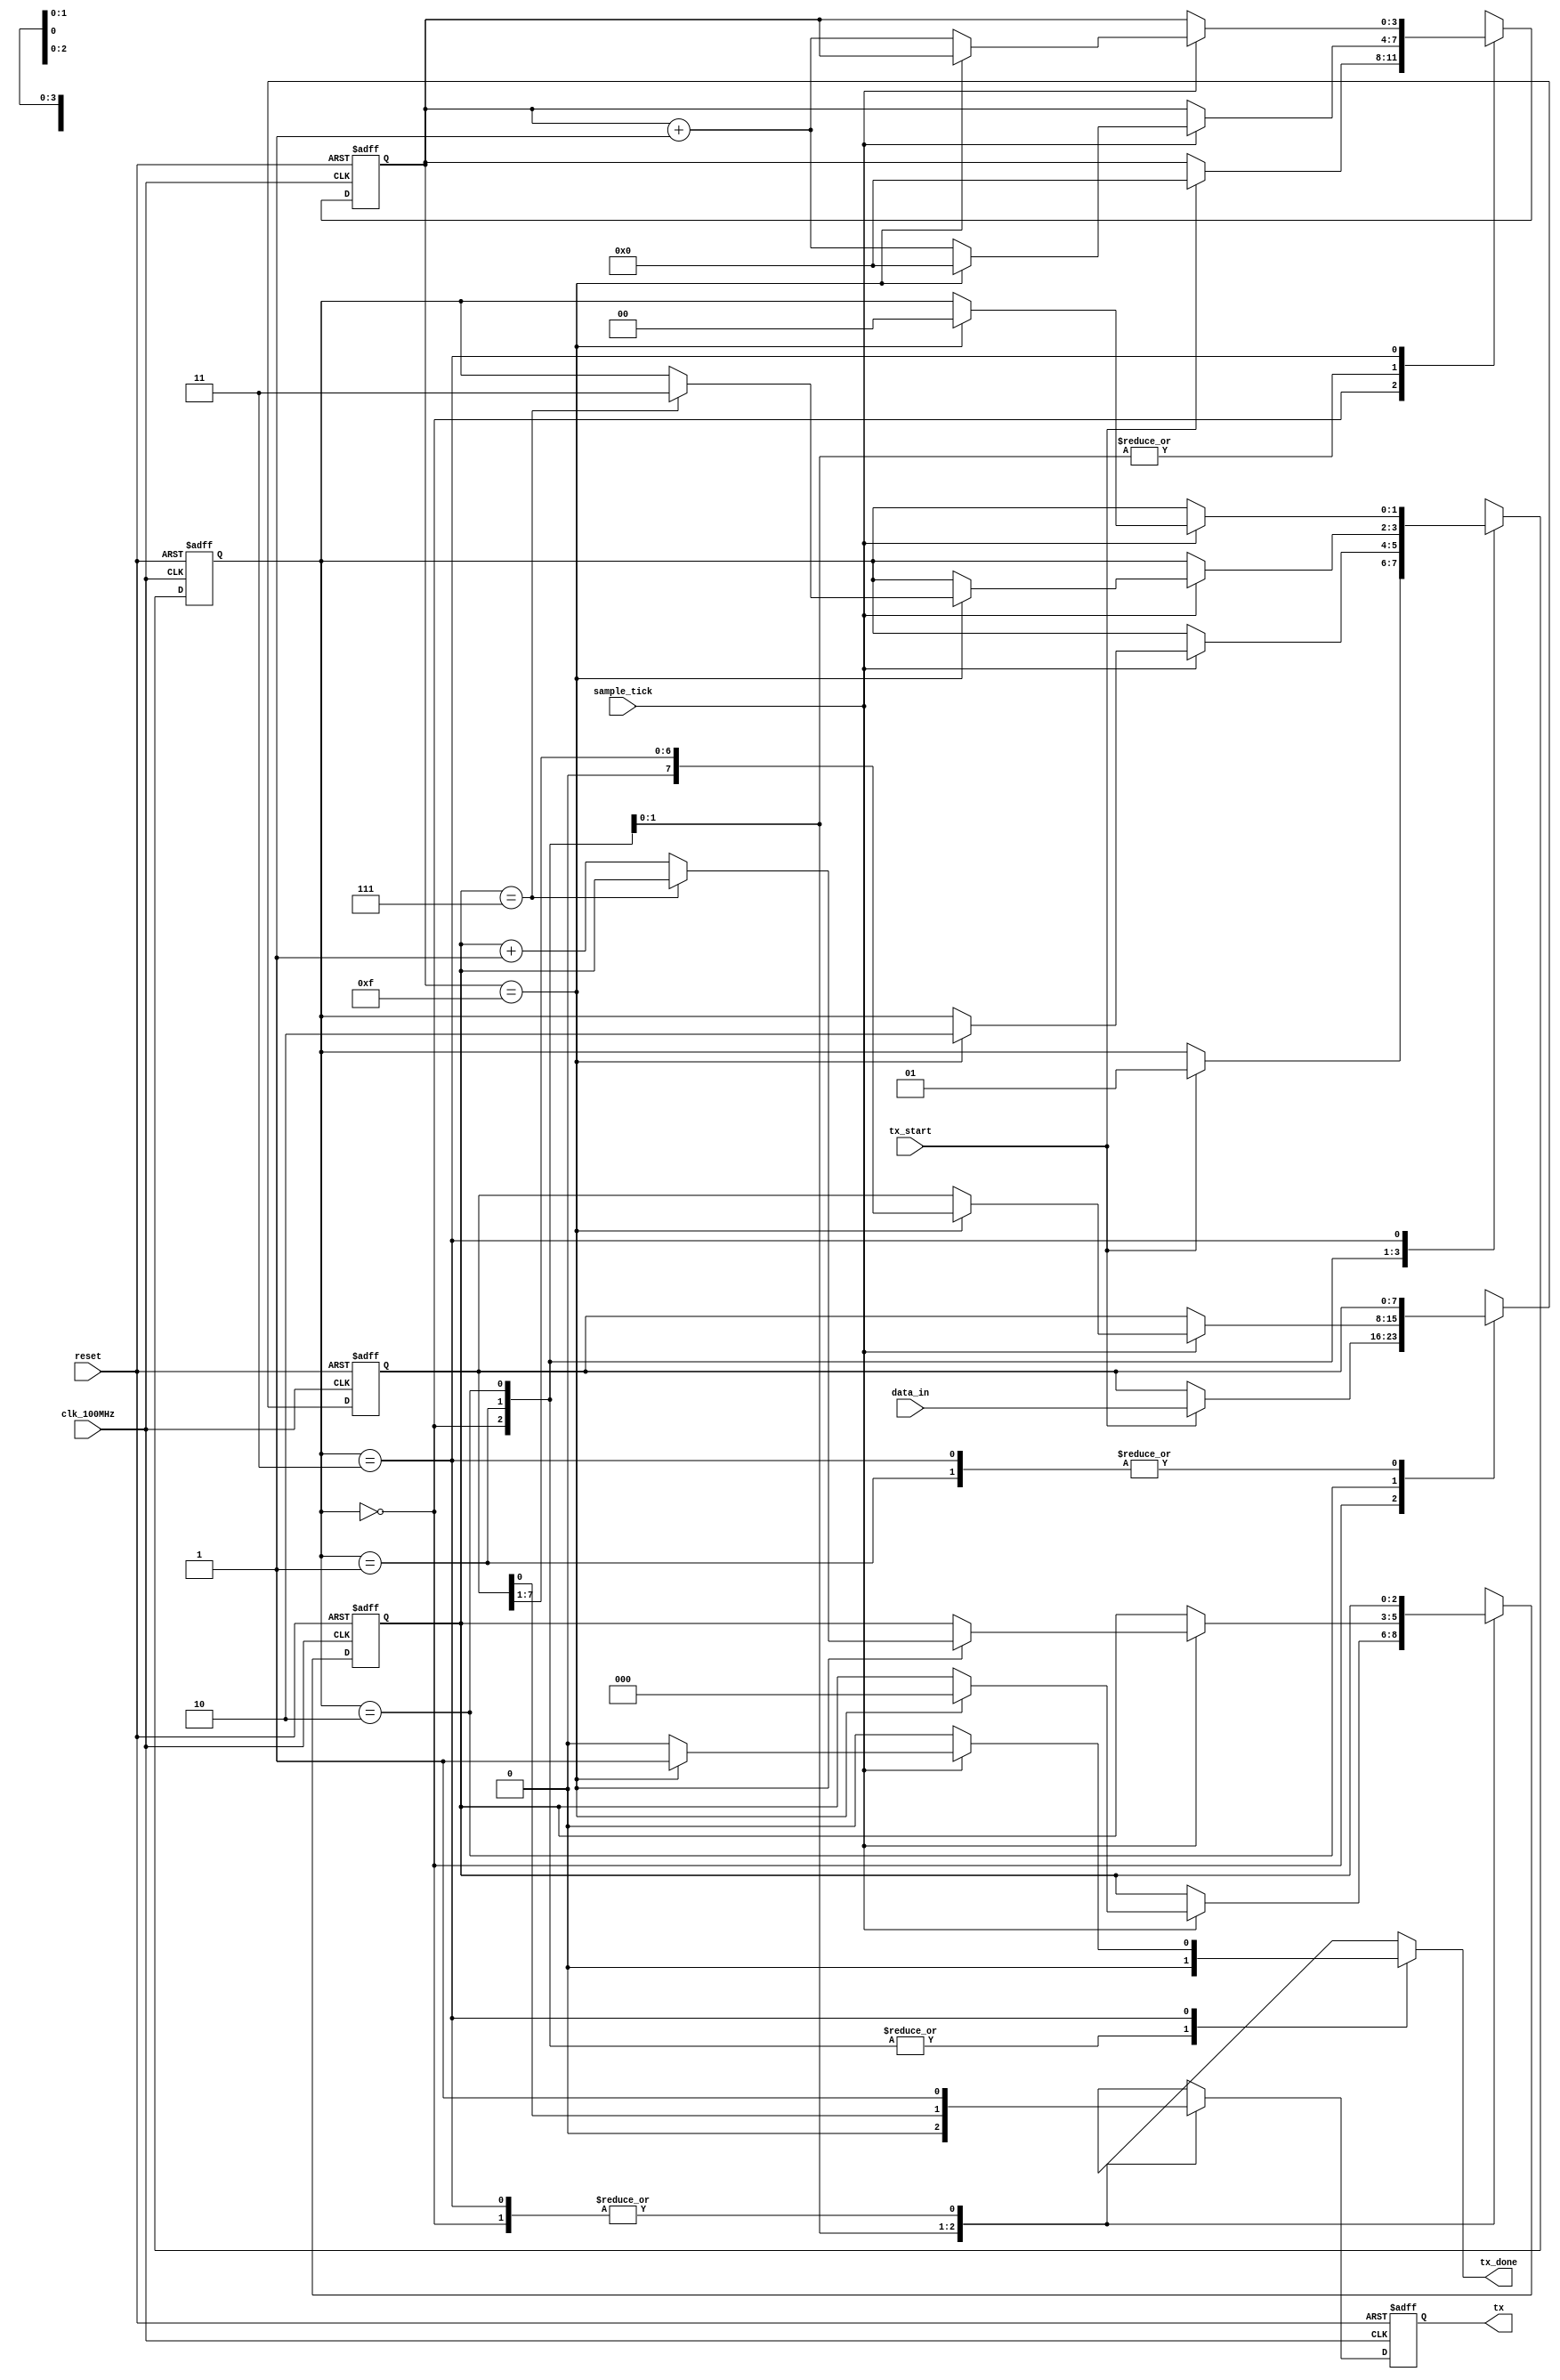
`timescale 1ns / 1ps
//////////////////////////////////////////////////////////////////////////////////
// 
//
// 
//
// Code adapted from https://www.youtube.com/watch?v=L1D5rBwGTwY, FPGA DUDE
//
//
//
//////////////////////////////////////////////////////////////////////////////////

module uart_transmitter
    #(
        parameter   DBITS = 8,          // number of data bits
                    SB_TICK = 16        // number of stop bit / oversampling ticks (1 stop bit)
    )
    (
        input clk_100MHz,               // basys 3 FPGA
        input reset,                    // reset
        input tx_start,                 // begin data transmission (FIFO NOT empty)
        input sample_tick,              // from baud rate generator
        input [DBITS-1:0] data_in,      // data word from FIFO
        output reg tx_done,             // end of transmission
        output tx                       // transmitter data line
    );
    
    // State Machine States
    localparam [1:0]    idle  = 2'b00,
                        start = 2'b01,
                        data  = 2'b10,
                        stop  = 2'b11;
    
    // Registers                    
    reg [1:0] state, next_state;            // state registers
    reg [3:0] tick_reg, tick_next;          // number of ticks received from baud rate generator
    reg [2:0] nbits_reg, nbits_next;        // number of bits transmitted in data state
    reg [DBITS-1:0] data_reg, data_next;    // assembled data word to transmit serially
    reg tx_reg, tx_next;                    // data filter for potential glitches
    
    // Register Logic
    always @(posedge clk_100MHz, posedge reset)
        if(reset) begin
            state <= idle;
            tick_reg <= 0;
            nbits_reg <= 0;
            data_reg <= 0;
            tx_reg <= 1'b1;
        end
        else begin
            state <= next_state;
            tick_reg <= tick_next;
            nbits_reg <= nbits_next;
            data_reg <= data_next;
            tx_reg <= tx_next;
        end
    
    // State Machine Logic
    always @* begin
        next_state = state;
        tx_done = 1'b0;
        tick_next = tick_reg;
        nbits_next = nbits_reg;
        data_next = data_reg;
        tx_next = tx_reg;
        
        case(state)
            idle: begin                     // no data in FIFO
                tx_next = 1'b1;             // transmit idle
                if(tx_start) begin          // when FIFO is NOT empty
                    next_state = start;
                    tick_next = 0;
                    data_next = data_in;
                end
            end
            
            start: begin
                tx_next = 1'b0;             // start bit
                if(sample_tick)
                    if(tick_reg == 15) begin
                        next_state = data;
                        tick_next = 0;
                        nbits_next = 0;
                    end
                    else
                        tick_next = tick_reg + 1;
            end
            
            data: begin
                tx_next = data_reg[0];
                if(sample_tick)
                    if(tick_reg == 15) begin
                        tick_next = 0;
                        data_next = data_reg >> 1;
                        if(nbits_reg == (DBITS-1))
                            next_state = stop;
                        else
                            nbits_next = nbits_reg + 1;
                    end
                    else
                        tick_next = tick_reg + 1;
            end
            
            stop: begin
                tx_next = 1'b1;         // back to idle
                if(sample_tick)
                    if(tick_reg == (SB_TICK-1)) begin
                        next_state = idle;
                        tx_done = 1'b1;
                    end
                    else
                        tick_next = tick_reg + 1;
            end
        endcase    
    end
    
    // Output Logic
    assign tx = tx_reg;
 
endmodule